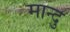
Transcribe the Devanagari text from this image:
मान्दु